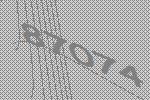
87074